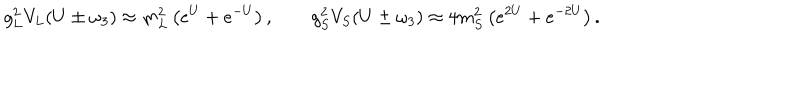
LaTeX: g _ { L } ^ { 2 } V _ { L } ( U \pm \omega _ { 3 } ) \approx m _ { L } ^ { 2 } \left( e ^ { U } + e ^ { - U } \right) , \qquad g _ { S } ^ { 2 } V _ { S } ( U \pm \omega _ { 3 } ) \approx 4 m _ { S } ^ { 2 } \left( e ^ { 2 U } + e ^ { - 2 U } \right) .